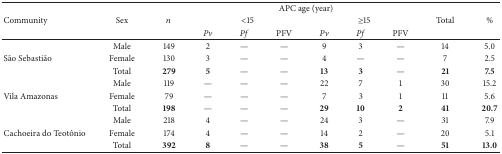
|  |  |  | <COLSPAN=6> APC age (year) |  |  |
 | Community | Sex | n | <COLSPAN=3> <15 | <COLSPAN=3> ≥15 | Total | % |
 |  |  |  | Pv | Pf | PFV | Pv | Pf | PFV |  |  |
 | --- | --- | --- | --- | --- | --- | --- | --- | --- | --- | --- |
 |  | Male | 149 | 2 | — | — | 9 | 3 | — | 14 | 5.0 |
 | São Sebastião | Female | 130 | 3 | — | — | 4 | — | — | 7 | 2.5 |
 |  | Total | 279 | 5 | — | — | 13 | 3 | — | 21 | 7.5 |
 |  | Male | 119 | — | — | — | 22 | 7 | 1 | 30 | 15.2 |
 | Vila Amazonas | Female | 79 | — | — | — | 7 | 3 | 1 | 11 | 5.6 |
 |  | Total | 198 | — | — | — | 29 | 10 | 2 | 41 | 20.7 |
 |  | Male | 218 | 4 | — | — | 24 | 3 | — | 31 | 7.9 |
 | Cachoeira do Teotônio | Female | 174 | 4 | — | — | 14 | 2 | — | 20 | 5.1 |
 |  | Total | 392 | 8 | — | — | 38 | 5 | — | 51 | 13.0 |